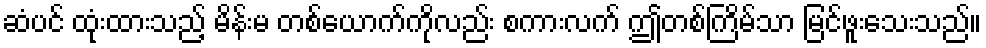
ဆံပင် ထုံးထားသည့် မိန်းမ တစ်ယောက်ကိုလည်း စကားလက် ဤတစ်ကြိမ်သာ မြင်ဖူးသေးသည်။